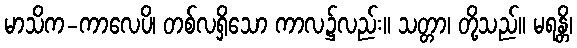
မာသိက-ကာလေပိ၊ တစ်လရှိသော ကာလ၌လည်း။ သတ္တာ၊ တို့သည်။ မရန္တိ၊